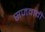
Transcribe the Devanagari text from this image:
सजवावी